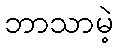
ဘာသာမဲ့